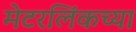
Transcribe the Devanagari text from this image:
मेटरलिंकच्या